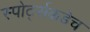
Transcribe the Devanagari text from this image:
स्पोर्ट्सकडेच